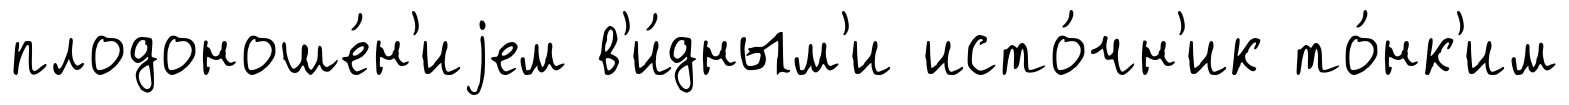
плодоноше́н'иjем в'и́дным'и исто́чн'ик то́нк'им